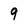
Character: 9